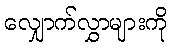
လျှောက်လွှာများကို